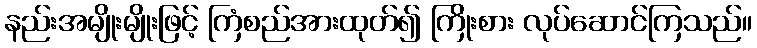
နည်းအမျိုးမျိုးဖြင့် ကြံစည်အားထုတ်၍ ကြိုးစား လုပ်ဆောင်ကြသည်။